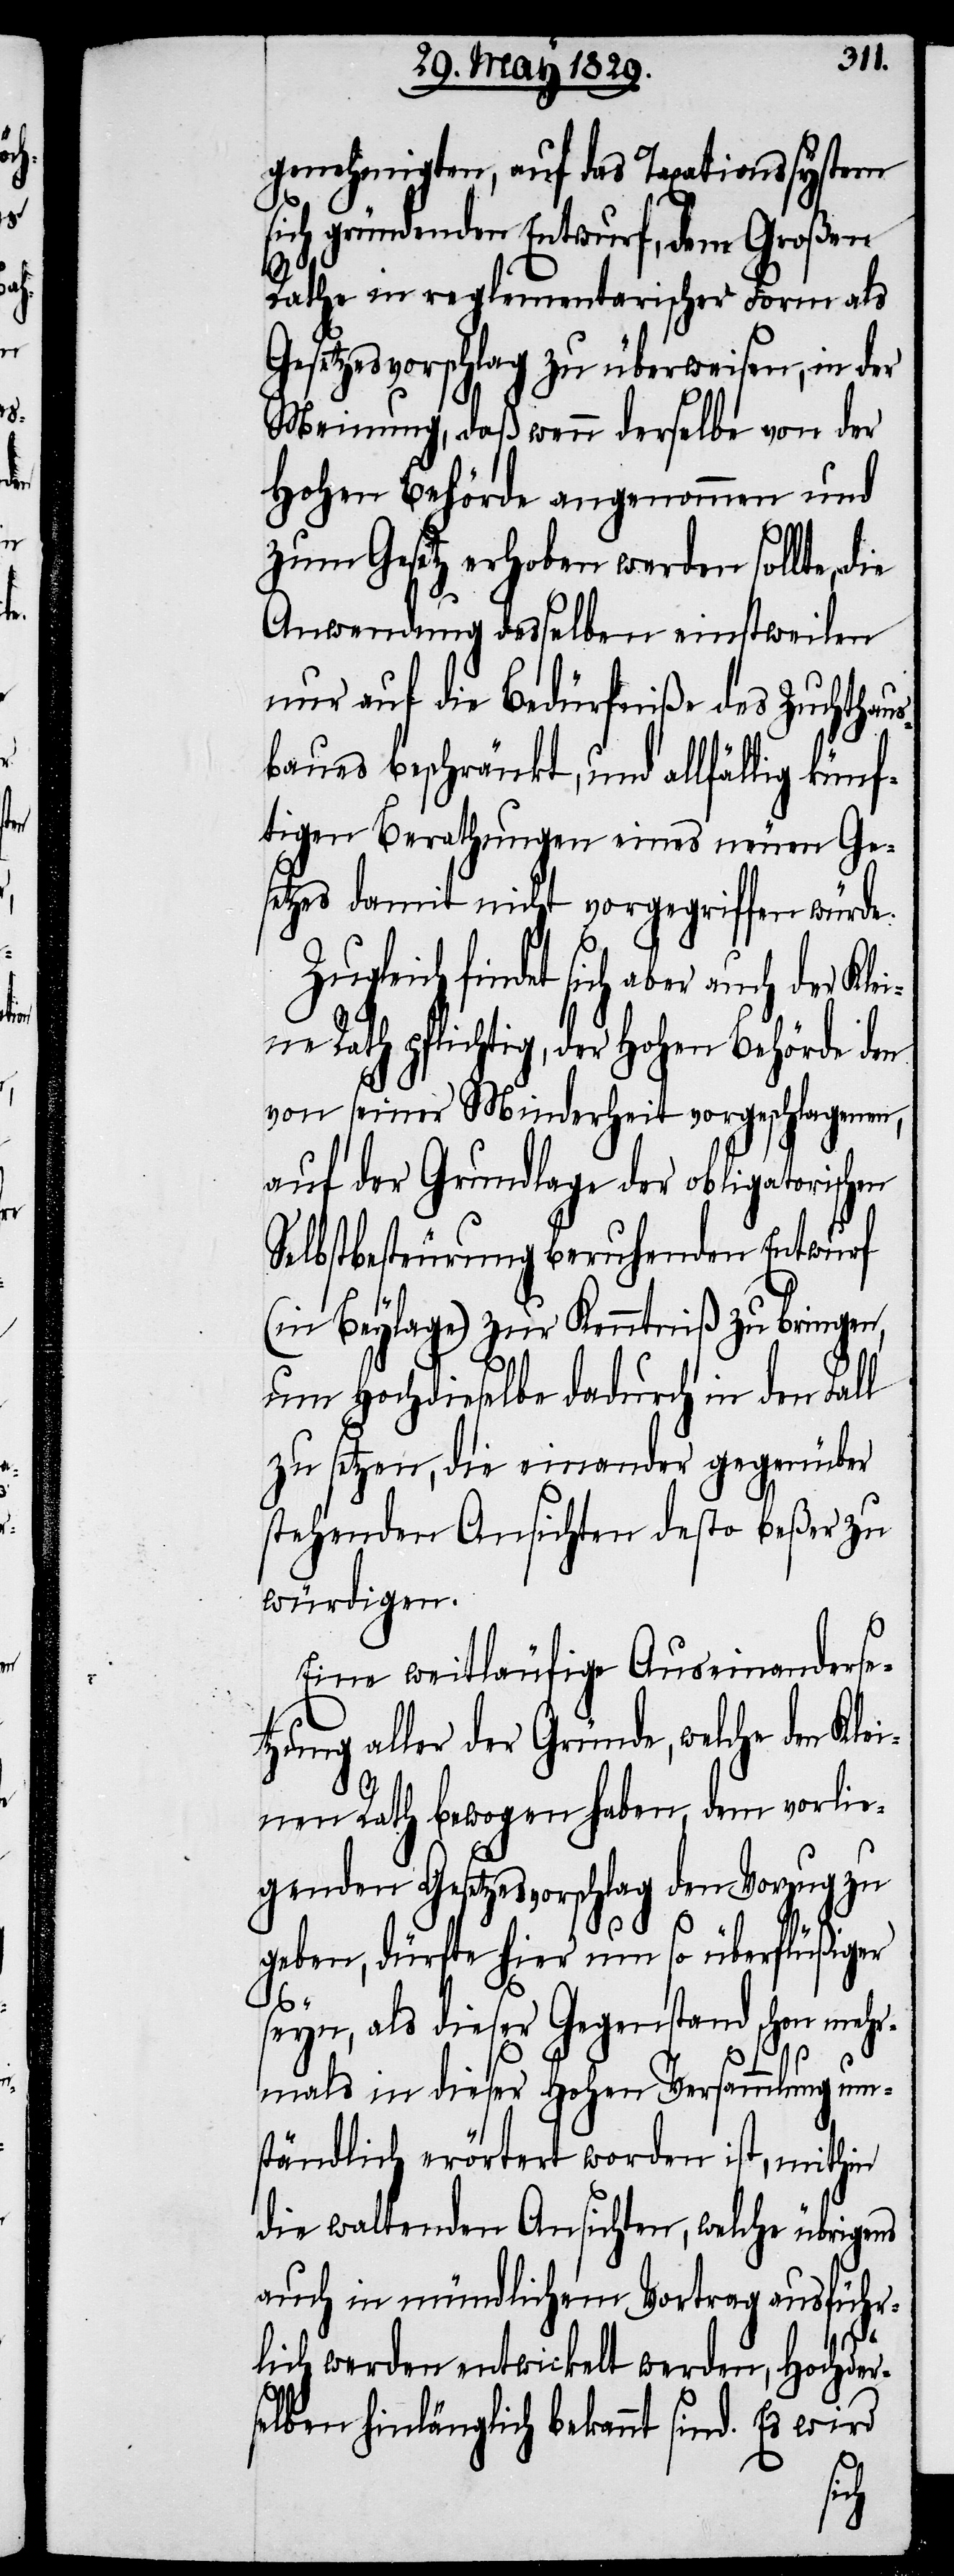
genehmigten, auf das Taxationssystem
sich gründenden Entwurf, dem Großen
Rathe in reglementarischer Form als
Gesetzesvorschlag zu überweisen, in der
Meinung, daß wenn derselbe von der
Hohen Behörde angenommen und
zum Gesetz erhoben werden sollte,
Anwendung desselben einstweilen
nur auf die Bedürfniße des Zuchthaus¬
baues beschränkt, und allfällig künf¬
tigen Berathungen eines neuen Ge¬
setzes damit nicht vorgegriffen würde.
findet sich aber auch der Kle¬
ine Rath pflichtig, der Hohen Behörde den
von seiner Minderheit vorgeschlagenen,
auf der Grundlage der obligatorischen
Selbstbesteurung beruhenden Entwurf
(in Beylage) zur Kenntniß zu bringen,
um Hochdieselbe dadurch in den Fall
zu setzen, die einander gegenüber
stehenden Ansichten desto beßer zu
würdigen.
Eine weitläufige Auseinanderse¬
tzung aller der Gründe, welche den Kl¬
einen Rath bewogen haben, dem vorlie¬
genden Gesetzesvorschlag den Vorzug zu
geben, dürfte hier um so überflüßiger
seyn, als dieser Gegenstand schon mehr¬
mals in dieser Hohen Versammlung um¬
ständlich erörtert worden ist, mithin
die waltenden Ansichten, welche übrigens
auch in mündlichem Vortrag ausführ¬
lich werden entwickelt werden, Hochder¬
selben hinlänglich bekannt sind. Es wird